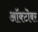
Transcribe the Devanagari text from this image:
आॅक्टॊबर